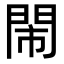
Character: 閙